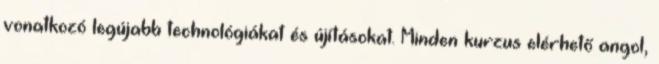
vonatkozó legújabb technológiákat és újításokat. Minden kurzus elérhető angol,